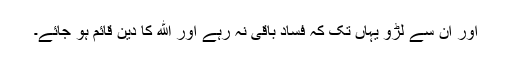
اور ان سے لڑو یہاں تک کہ فساد باقی نہ رہے اور الله کا دین قائم ہو جائے۔